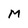
Character: M